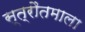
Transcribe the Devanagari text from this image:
स्त्रौतमाला